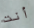
أنت